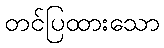
တင်ပြထားသော